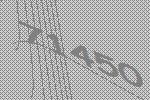
71450